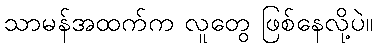
သာမန်အထက်က လူတွေ ဖြစ်နေလို့ပဲ။